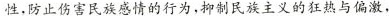
性。防止伤害民族感情的行为，抑制民族主义的狂热与偏激